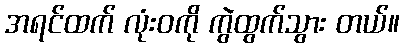
အရင်ထက် လုံးဝကို ကွဲထွက်သွား တယ်။